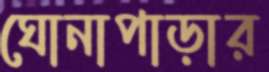
ঘোনাপাড়ার